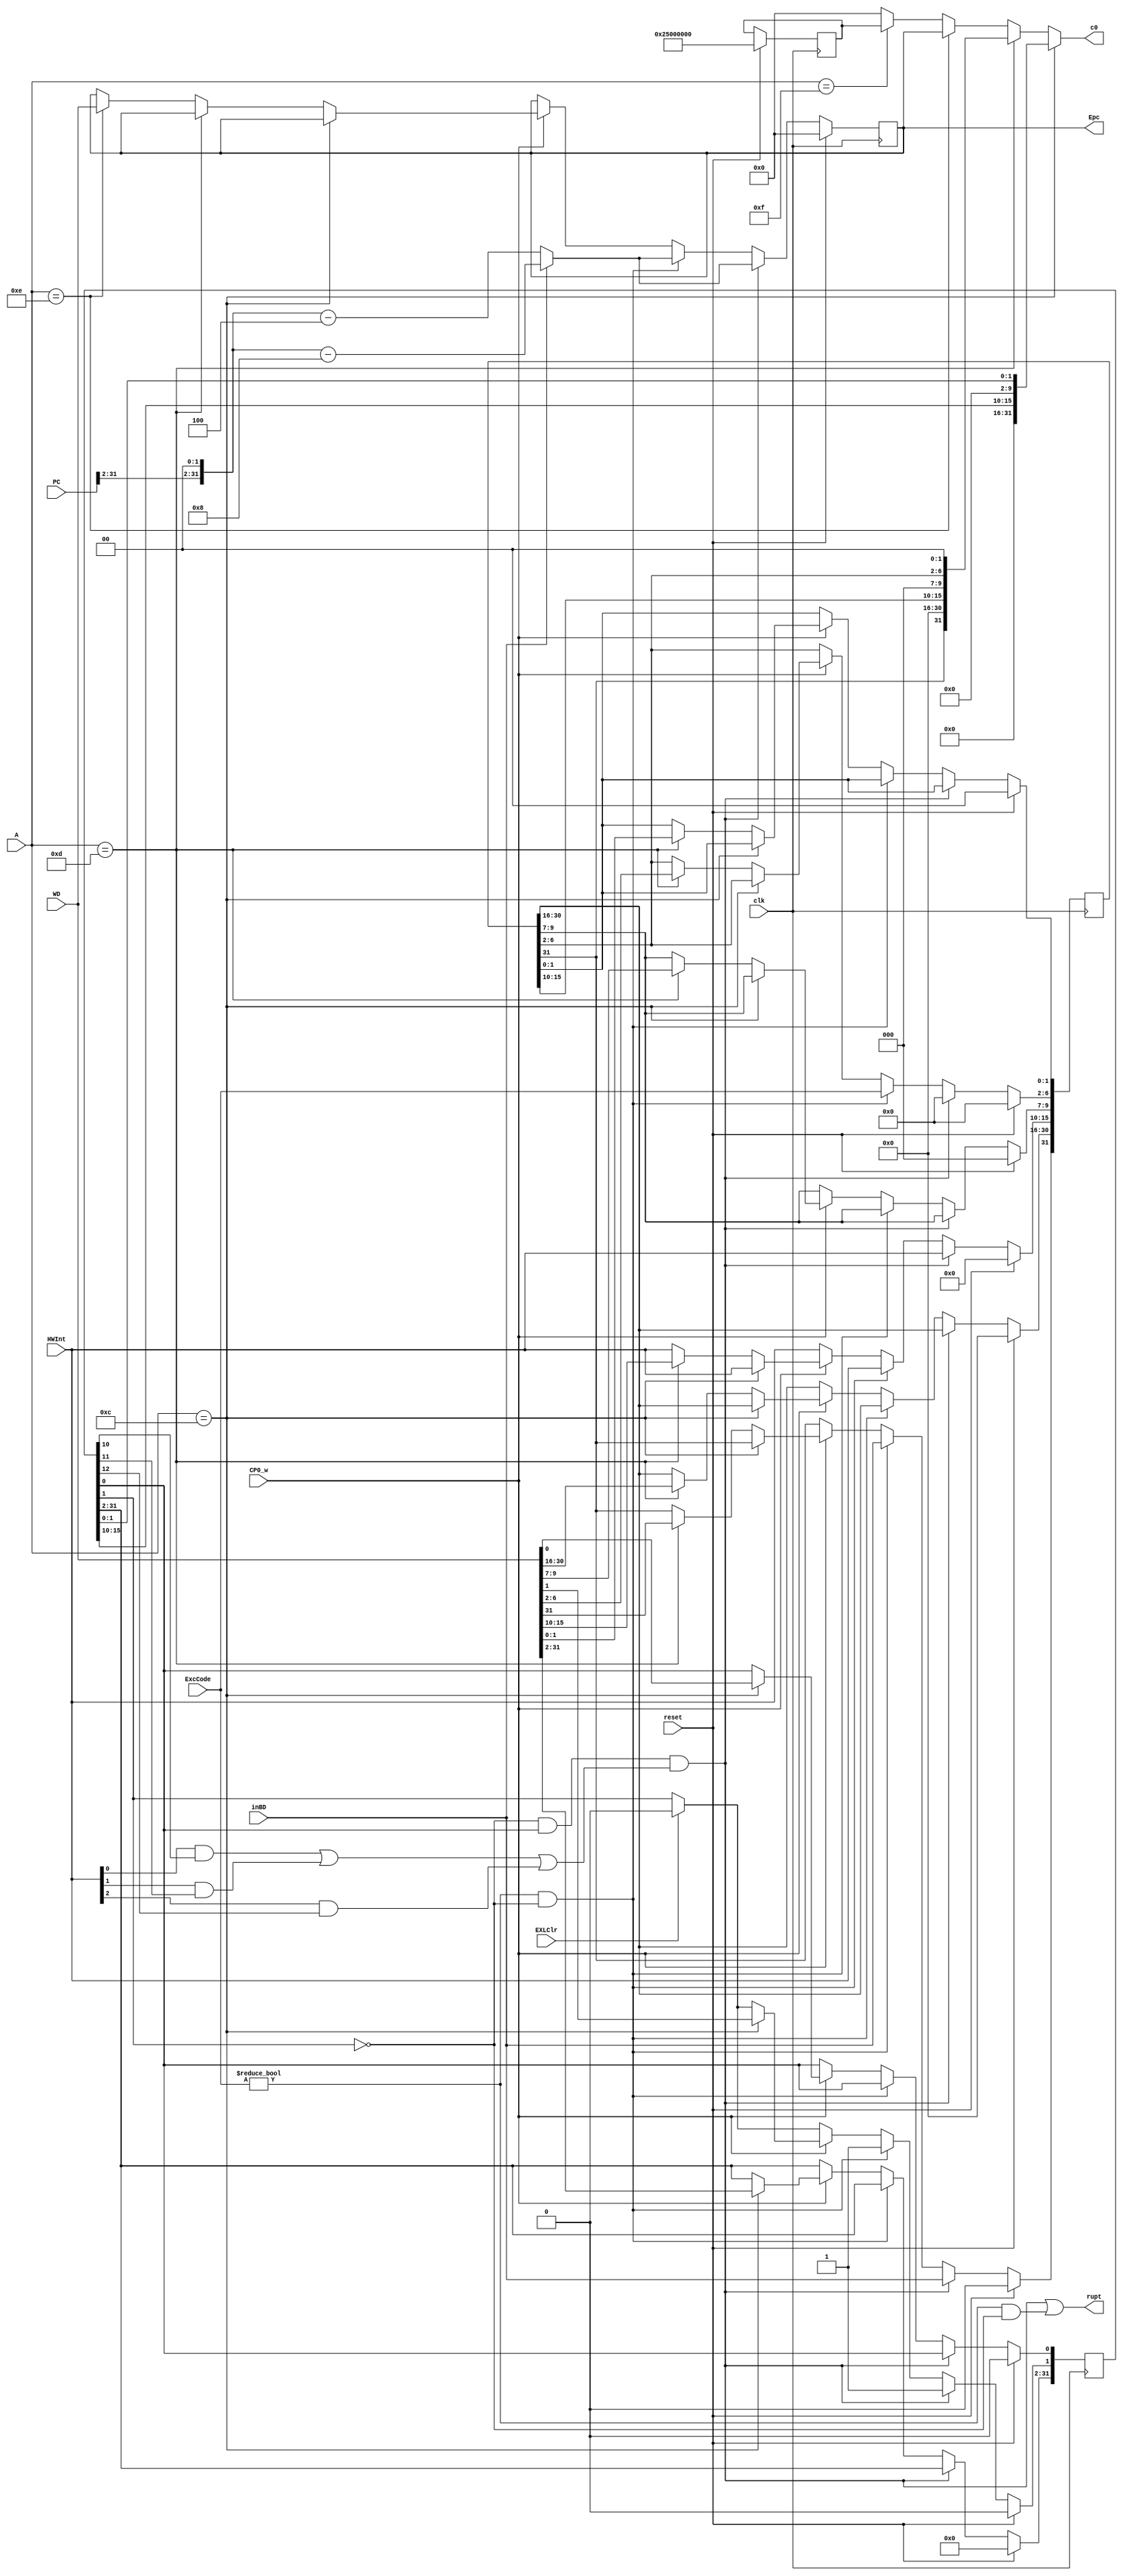
`timescale 1ns / 1ps
`define Exccode Cause[6:2]
`define EXL SR[1]
`define IE SR[0]
`define BD Cause[31]
`define IP Cause[15:10]
//////////////////////////////////////////////////////////////////////////////////
// Company: 
// Engineer: 
// 
// Design Name: 
// Module Name:    CP0_module 
// Project Name: 
// Target Devices: 
// Tool versions: 
// Description: 
//
// Dependencies: 
//
// Revision: 
// Revision 0.01 - File Created
// Additional Comments: 
//
//////////////////////////////////////////////////////////////////////////////////
module CP0_module(
	 input [4:0] ExcCode,
	 input [31:0] PC,
	 input clk,
	 input reset,
	 input inBD,
	 input [31:0] WD,
	 input [4:0] A,
	 input CP0_w,
	 input [5:0] HWInt,
	 input EXLClr,
	 output [31:0] c0,
	 output rupt,
	 output [31:0] Epc
    );

	reg [31:0] SR, Cause, EPC, PRId;
	
	assign rupt = (!`EXL & `IE &((HWInt[0]&SR[10])|(HWInt[1]&SR[11])|(HWInt[2]&SR[12]))) | (ExcCode != 0 & !`EXL);
	assign c0 = (A == 12)?{16'b0,SR[15:10],8'b0,`EXL,`IE}:
					(A == 13)?{`BD,15'b0,`IP,3'b0,`Exccode,2'b0}:
					(A == 14)?EPC:
					(A == 15)?PRId:32'b0;
	assign Epc = EPC;
	
	initial begin
		PRId <= 32'h25000000;
		Cause <= 0;
		EPC <= 0;
		SR <= 0;
	end
	
	always @(posedge clk)begin
		if(reset == 1)begin
			PRId <= 32'h25000000;
			Cause <= 0;
			EPC <= 0;
			SR <= 0;
		end
		else begin
			`IP <= HWInt;
			if(EXLClr == 1)begin
				`EXL <= 0;
			end
			if(!`EXL & `IE &((HWInt[0]&SR[10])|(HWInt[1]&SR[11])|(HWInt[2]&SR[12])))begin
				`Exccode <= 5'b0;
				`BD <= inBD;
				`EXL <= 1;
				if(inBD == 0)begin
						EPC <= {PC[31:2],2'b00} - 4;
				end
				else begin
						EPC <= {PC[31:2],2'b00} - 8;
				end
			end
			else if(ExcCode != 0 && !`EXL)begin
				`Exccode <= ExcCode;
				`BD <= inBD;
				`EXL <= 1;
				if(inBD == 0)begin
						EPC <= {PC[31:2],2'b00} - 4;
				end
				else begin
						EPC <= {PC[31:2],2'b00} - 8;
				end
			end
			else if(CP0_w == 1)begin
				if(A == 12)begin
					SR <= WD;
				end
				else if(A == 13)begin
					Cause <= WD;
				end
				else if(A == 14)begin
					EPC <= WD;
				end
			end
		end
	end
			
endmodule